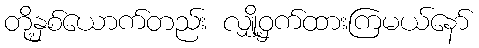
တို့နှစ်ယောက်တည်း လျှို့ဝှက်ထားကြမယ်နော်